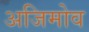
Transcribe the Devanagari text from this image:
अजिमोव